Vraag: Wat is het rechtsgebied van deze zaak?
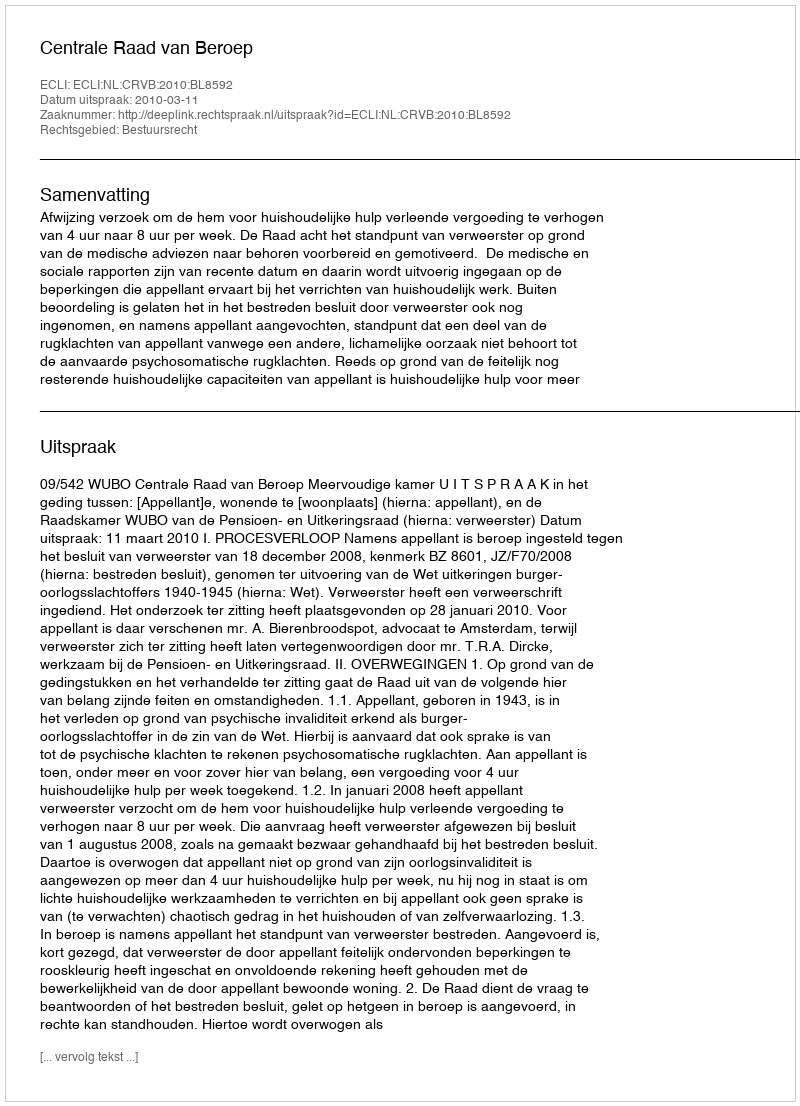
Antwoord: Bestuursrecht